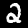
Label: 2